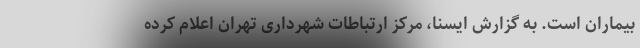
بیماران است. به گزارش ایسنا، مرکز ارتباطات شهرداری تهران اعلام کرده